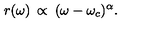
\: r ( \omega ) \: \propto \: ( \omega - \omega _ { c } ) ^ { \alpha } . \: